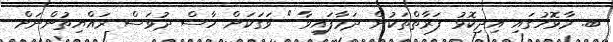
ބ. މާޅޮހުގައި އިދިކޮޅު ފަރާތްތަކުން ދަމާފައިވާ " ވަގަކަށް ހާސް ދުވަސް ރައްޔިތުންނަށް